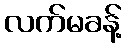
လက်မခန့်